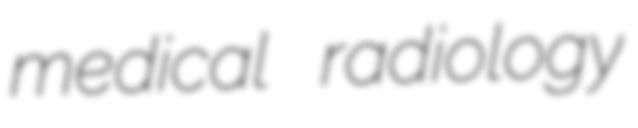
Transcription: medical radiology